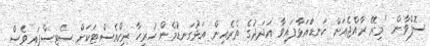
ސޮފްވާން "މިރޭ ރާއްޖެއަށް ކަނޑައަޅާފައިވާ އަދަދުގެ ތެރެއިން އަޅުގަނޑުމެން ހުރިހާ ރިކްއެސްޓަކަށް ސެޓިސްފައިވެސް